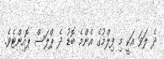
ދެ ލަވަ އަކީ މި ފިލްމުގެ އެންމެ ބޮޑު ދެ ޕްލަސް ޕޮއިންޓެވެ.